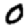
Digit: 0